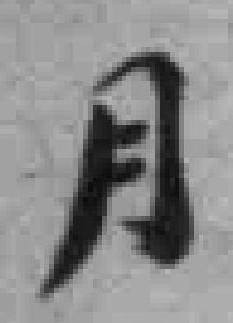
月